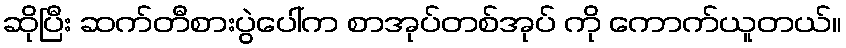
ဆိုပြီး ဆက်တီစားပွဲပေါ်က စာအုပ်တစ်အုပ် ကို ကောက်ယူတယ်။